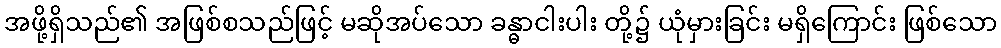
အဖို့ရှိသည်၏ အဖြစ်စသည်ဖြင့် မဆိုအပ်သော ခန္ဓာငါးပါး တို့၌ ယုံမှားခြင်း မရှိကြောင်း ဖြစ်သော